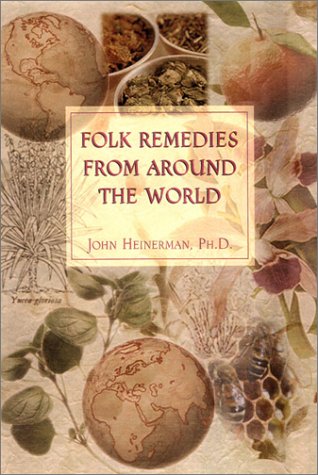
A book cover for Folk Remedies from Around the World; John Heinerman; Health, Fitness & Dieting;